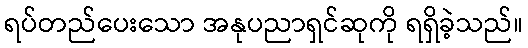
ရပ်တည်ပေးသော အနုပညာရှင်ဆုကို ရရှိခဲ့သည်။